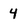
Character: 4